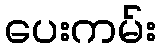
ပေးကမ်း